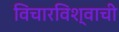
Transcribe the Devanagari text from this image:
विचारविश्वाची